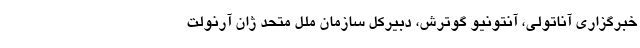
خبرگزاری آناتولی، آنتونیو گوترش، دبیرکل سازمان ملل متحد ژان آرنولت